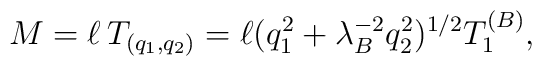
M = \ell \, T_{(q_{1}, q_{2})} = \ell (q_1^2 + \lambda_B^{-2} q_2^2)^{1/2} T_1^{(B)},